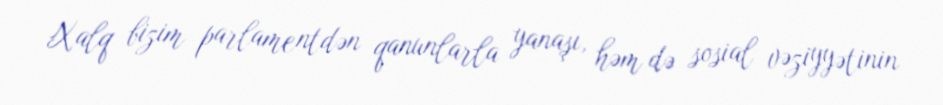
Xalq bizim parlamentdən qanunlarla yanaşı, həm də sosial vəziyyətinin